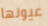
عيونها